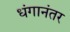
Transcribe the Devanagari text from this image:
धंगानंतर